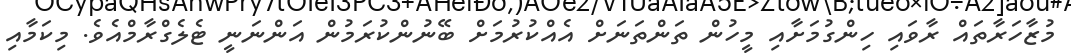
މުޒާހަރާތައް ރާވައި ހިންގުމަށާއި މީހުން ތަންތަނަށް އެއްކުރުމަށް ބޭނުންކުރަމުން އަންނަނީ ޓެލެގްރާމްއެވެ. މިކަމާއި